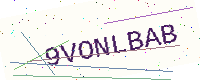
Text: 9VONLBAB